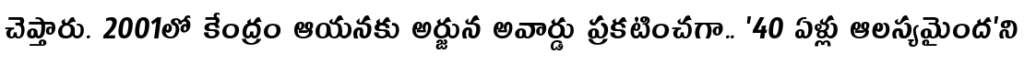
చెప్తారు. 2001లో కేంద్రం ఆయనకు అర్జున అవార్డు ప్రకటించగా.. '40 ఏళ్లు ఆలస్యమైంద'ని